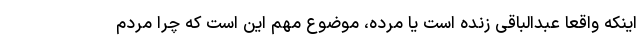
اینکه واقعا عبدالباقی زنده است یا مرده، موضوع مهم این است که چرا مردم